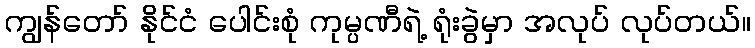
ကျွန်တော် နိုင်ငံ ပေါင်းစုံ ကုမ္ပဏီရဲ့ ရုံးခွဲမှာ အလုပ် လုပ်တယ်။